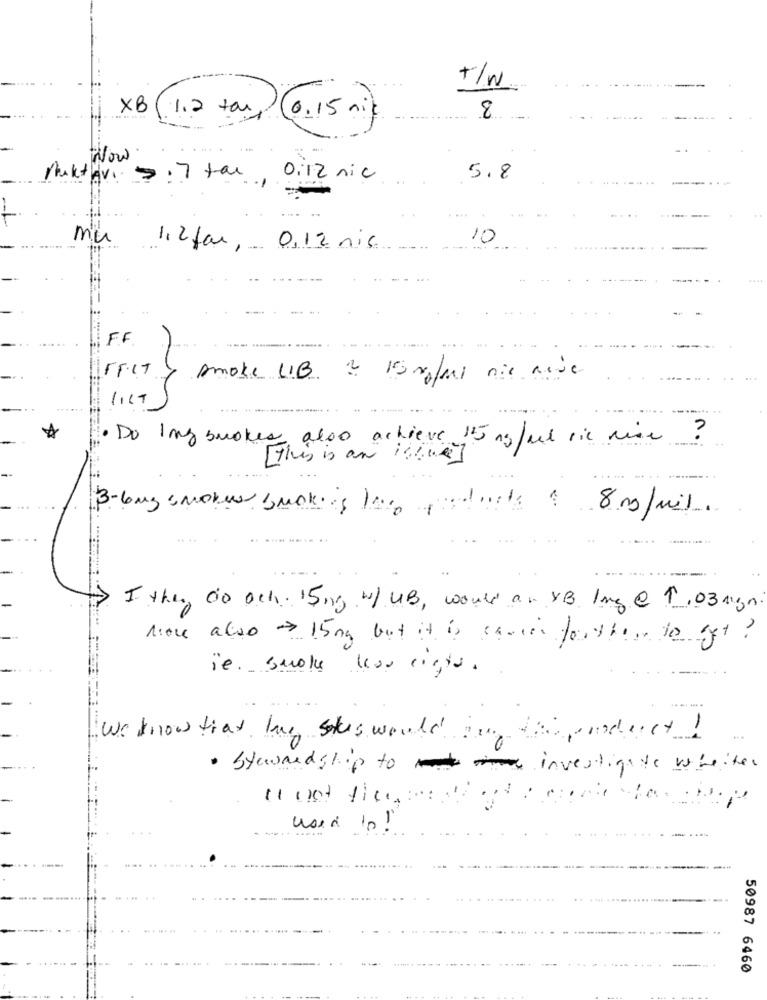
+/n
XB
1.2 tam 0.15 mil
8
Now
Praktyv. 7 .7 tal, 0.12 nic
5.8
mu
10
1.2 far, 0,12 nis
. ....
FF
FF.IT
smoke LIB 2 15 mg/ml nie rise
· Do Ing suokes also achieve 15 mg/bl ric rise ?
[ this is an issue]
3-bug smoker book is love products
8 mg/mil.
.. ..
Ithe 00 och. 15mg w/UB, would as YB 1mg @ 1,03 agn
hove also 15mg but it is sances forthem to get ?
ie. smoke leso ligta.
We know that le sakus would
the product !
· Stewardship to investigate whether
11 ont tice
used to !
50987 6460